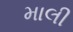
માલી